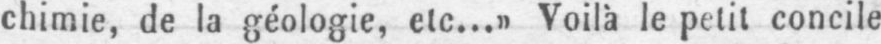
chimie, de la géologie, etc...» Voilà le petit concile